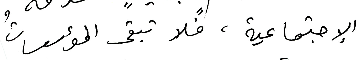
الإجتماعية، فلا تبقى المؤسساتُ